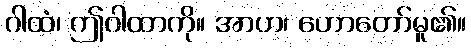
ဂါထံ၊ ဤဂါထာကို။ အာဟ၊ ဟောတော်မူ၏။